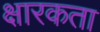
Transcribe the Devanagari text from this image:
क्षारकता